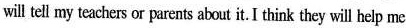
will tell my teachers or parents about it. I think they will help me